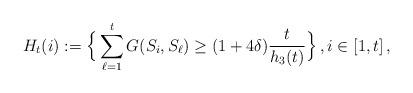
LaTeX: \begin{align*}H_t(i) := \Big\{ \sum_{\ell=1}^t G(S_i,S_\ell) \ge (1+4 \delta) \frac{t}{h_3(t)} \Big\} \,, i \in [1,t] \,,\end{align*}